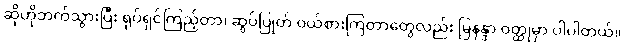
ဆိုဟိုဘက်သွားပြီး ရုပ်ရှင်ကြည့်တာ၊ ဆွပ်ပြုတ် ဝယ်စားကြတာတွေလည်း မြနန္ဒာ ဝတ္ထုမှာ ပါပါတယ်။